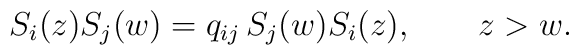
S_i(z) S_j(w) = q_{ij}\,S_j(w) S_i(z),\qquad z > w.